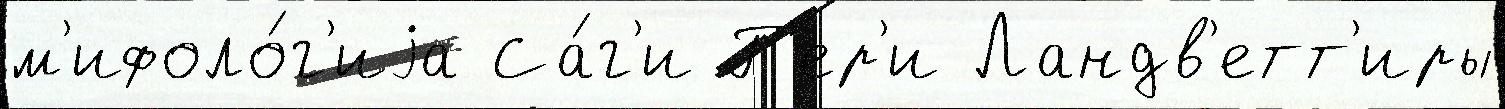
м'ифоло́г'иjа Са́г'и Г'ер'и Ландв'етт'иры